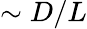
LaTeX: \sim D/L